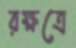
রক্ষত্রে